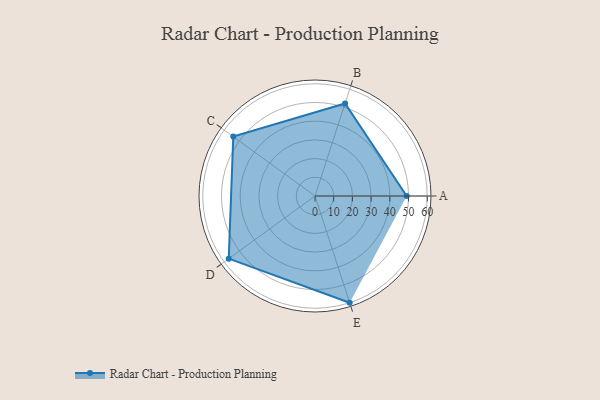
{"axis": {"x": "Skill", "y": "Score"}, "legend": ["Profile"], "data": [{"x": "A", "y": 49.0, "type": "Profile"}, {"x": "B", "y": 52.0, "type": "Profile"}, {"x": "C", "y": 54.0, "type": "Profile"}, {"x": "D", "y": 57.0, "type": "Profile"}, {"x": "E", "y": 60.0, "type": "Profile"}]}